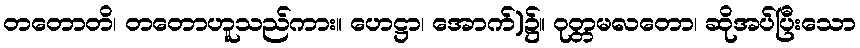
တတောတိ၊ တတောဟူသည်ကား။ ဟေဋ္ဌာ၊ အောက်)၌။ ဝုတ္တမလတော၊ ဆိုအပ်ပြီးသော